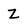
Character: Z